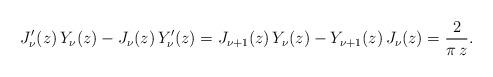
LaTeX: \begin{align*} J'_\nu(z)\, Y_\nu(z) -J_\nu(z)\, Y_\nu'(z) = J_{\nu+1}(z)\, Y_\nu(z)-Y_{\nu+1}(z)\, J_\nu(z) = \frac{2}{\pi\, z} .\end{align*}